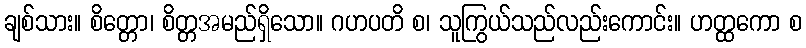
ချစ်သား။ စိတ္တော၊ စိတ္တအမည်ရှိသော။ ဂဟပတိ စ၊ သူကြွယ်သည်လည်းကောင်း။ ဟတ္ထကော စ